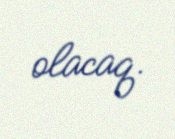
olacaq.